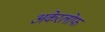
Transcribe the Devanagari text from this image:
अकेरलोफ